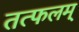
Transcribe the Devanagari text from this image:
तत्फलम्